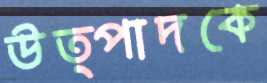
উত্পাদকে